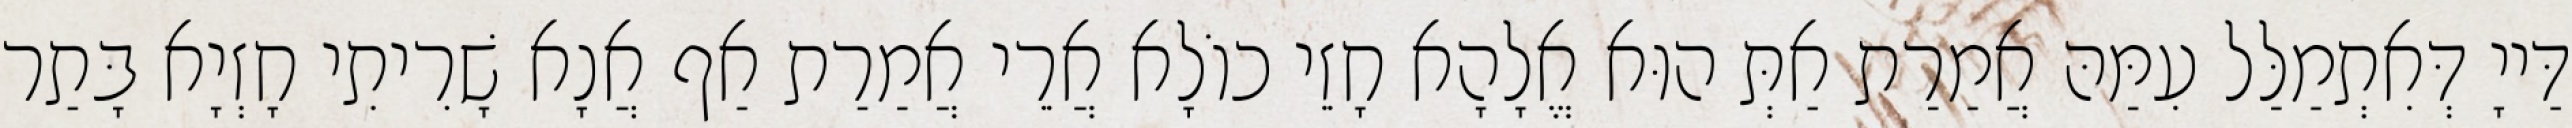
דַּייָ דְּאִתְמַלַּל עִמַּהּ אֲמַרַת אַתְּ הוּא אֱלָהָא חָזֵי כוֹלָא אֲרֵי אֲמַרַת אַף אֲנָא שָׁרִיתִי חָזְיָא בָּתַר